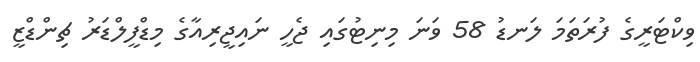
ވިކްޓަރީގެ ފުރަތަމަ ލަނޑު 58 ވަަނަ މިނިޓުގައި ޖެހީ ނައިޖީރިއާގެ މިޑްފީލްޑަރު ޗިންޑްޒީ